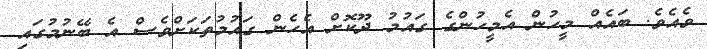
ވެއެވެ. ބައެއް މީހުން އެމީހުންގެ ގައުމު ދޫކޮށް އެހެން ގައުމުތަކަށްވެސް އެ ބޭނުމުގައި